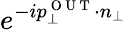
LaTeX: e^{-ip_{\perp}^{\mathrm{~O~U~T~}}\cdot n_{\perp}}